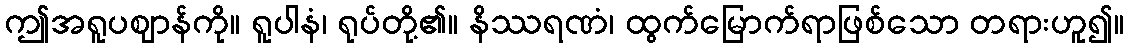
ဤအရူပဈာန်ကို။ ရူပါနံ၊ ရုပ်တို့၏။ နိဿရဏံ၊ ထွက်မြောက်ရာဖြစ်သော တရားဟူ၍။